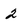
Character: 2